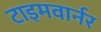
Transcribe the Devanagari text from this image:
टाइमवार्नर